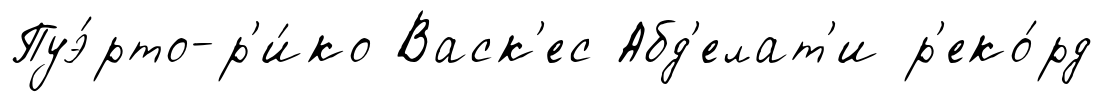
Пуэ́рто-р'и́ко Васк'ес Абд'елат'и р'еко́рд